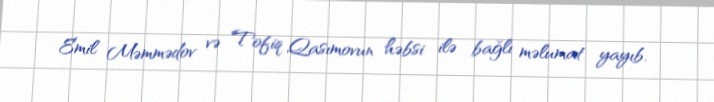
Emil Məmmədov və Tofiq Qasımovun həbsi ilə bağlı məlumat yayıb.